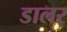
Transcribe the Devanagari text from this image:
डालर्